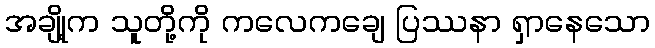
အချို့က သူတို့ကို ကလေကချေ ပြဿနာ ရှာနေသော